King Institute of Preventive Medicine Bacteriolog. Section reports 1907-08
Year: 1907
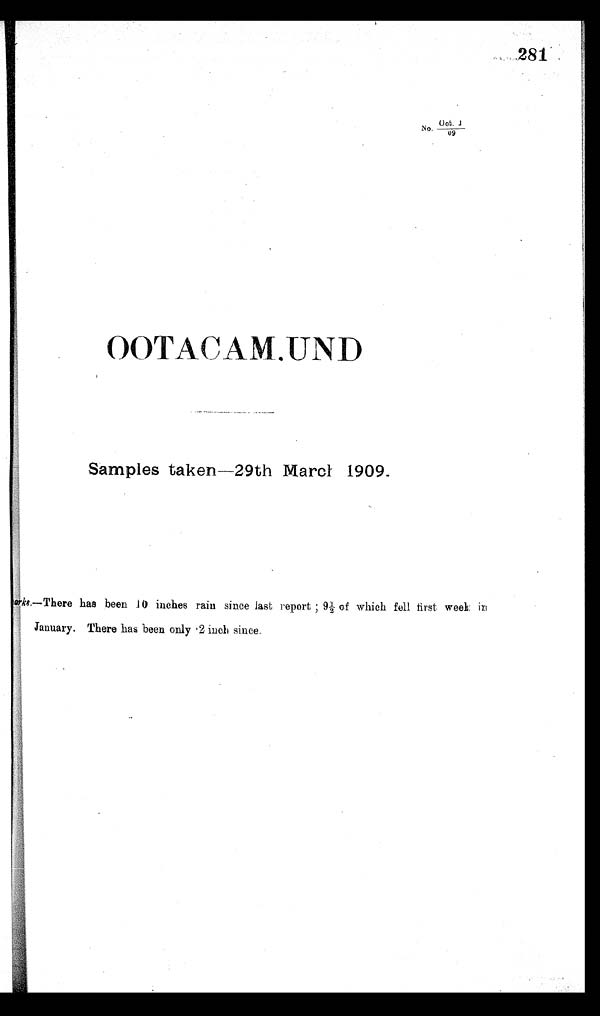
281
Oot
No,
09
OOTACAM.UND
Samples taker 29th Marc' 1909.
Remarks,—There has been 10 inches rain since last report ; 9½ of winch fell first, week in
2
January. There has been only '2 inc since.